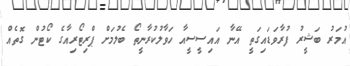
އުމަރު ބަޝީރު ފުރާވަޑައިގަތީ އޭނާ އައިސީސީއާ ހަވާލުކުރާނީތޯ ބެލުމަށް ޕްރިޓޯރިއާގެ ކޯޓުން ގޮތެއް